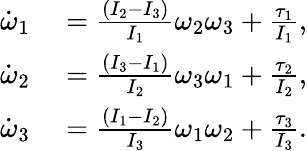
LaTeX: \begin{array}{rl}{\dot{\omega}_{1}}&{{}=\frac{(I_{2}-I_{3})}{I_{1}}\omega_{2}\omega_{3}+\frac{\tau_{1}}{I_{1}},}\\ {\dot{\omega}_{2}}&{{}=\frac{(I_{3}-I_{1})}{I_{2}}\omega_{3}\omega_{1}+\frac{\tau_{2}}{I_{2}},}\\ {\dot{\omega}_{3}}&{{}=\frac{(I_{1}-I_{2})}{I_{3}}\omega_{1}\omega_{2}+\frac{\tau_{3}}{I_{3}}.}\end{array}